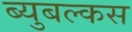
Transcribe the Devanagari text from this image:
ब्युबल्कस